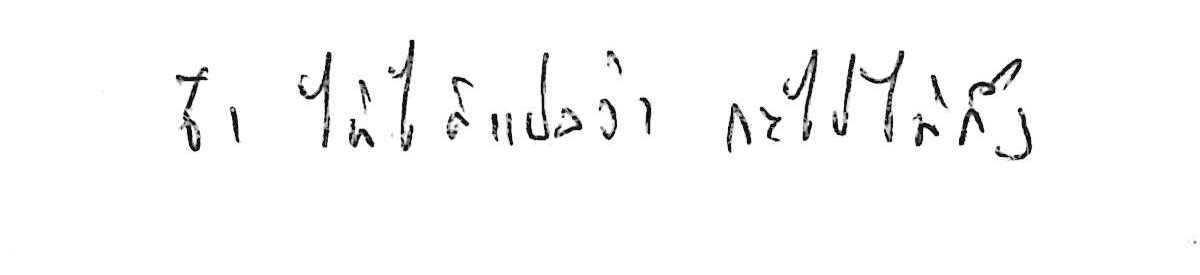
ช้า ไม่ได้แปลว่า จะไปไม่ถึง